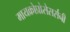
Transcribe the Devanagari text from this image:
मायक्रोप्रोसेसर्सनी